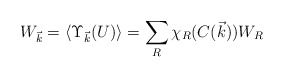
\begin{align*}W_{\vec k} = \langle \Upsilon_{\vec k}(U)\rangle =\sum_{R} \chi_R (C(\vec k))W_R\end{align*}